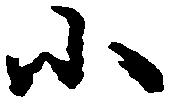
小